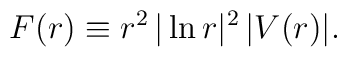
F(r)\equiv r^2\,|\ln r|^2\,|V(r)|.